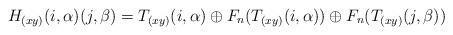
LaTeX: \begin{align*}H_{(xy)}(i,\alpha)(j,\beta)=T_{(xy)}(i,\alpha)\oplus F_n(T_{(xy)}(i,\alpha))\oplus F_n(T_{(xy)}(j,\beta))\end{align*}